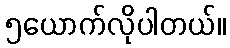
၅ယောက်လိုပါတယ်။